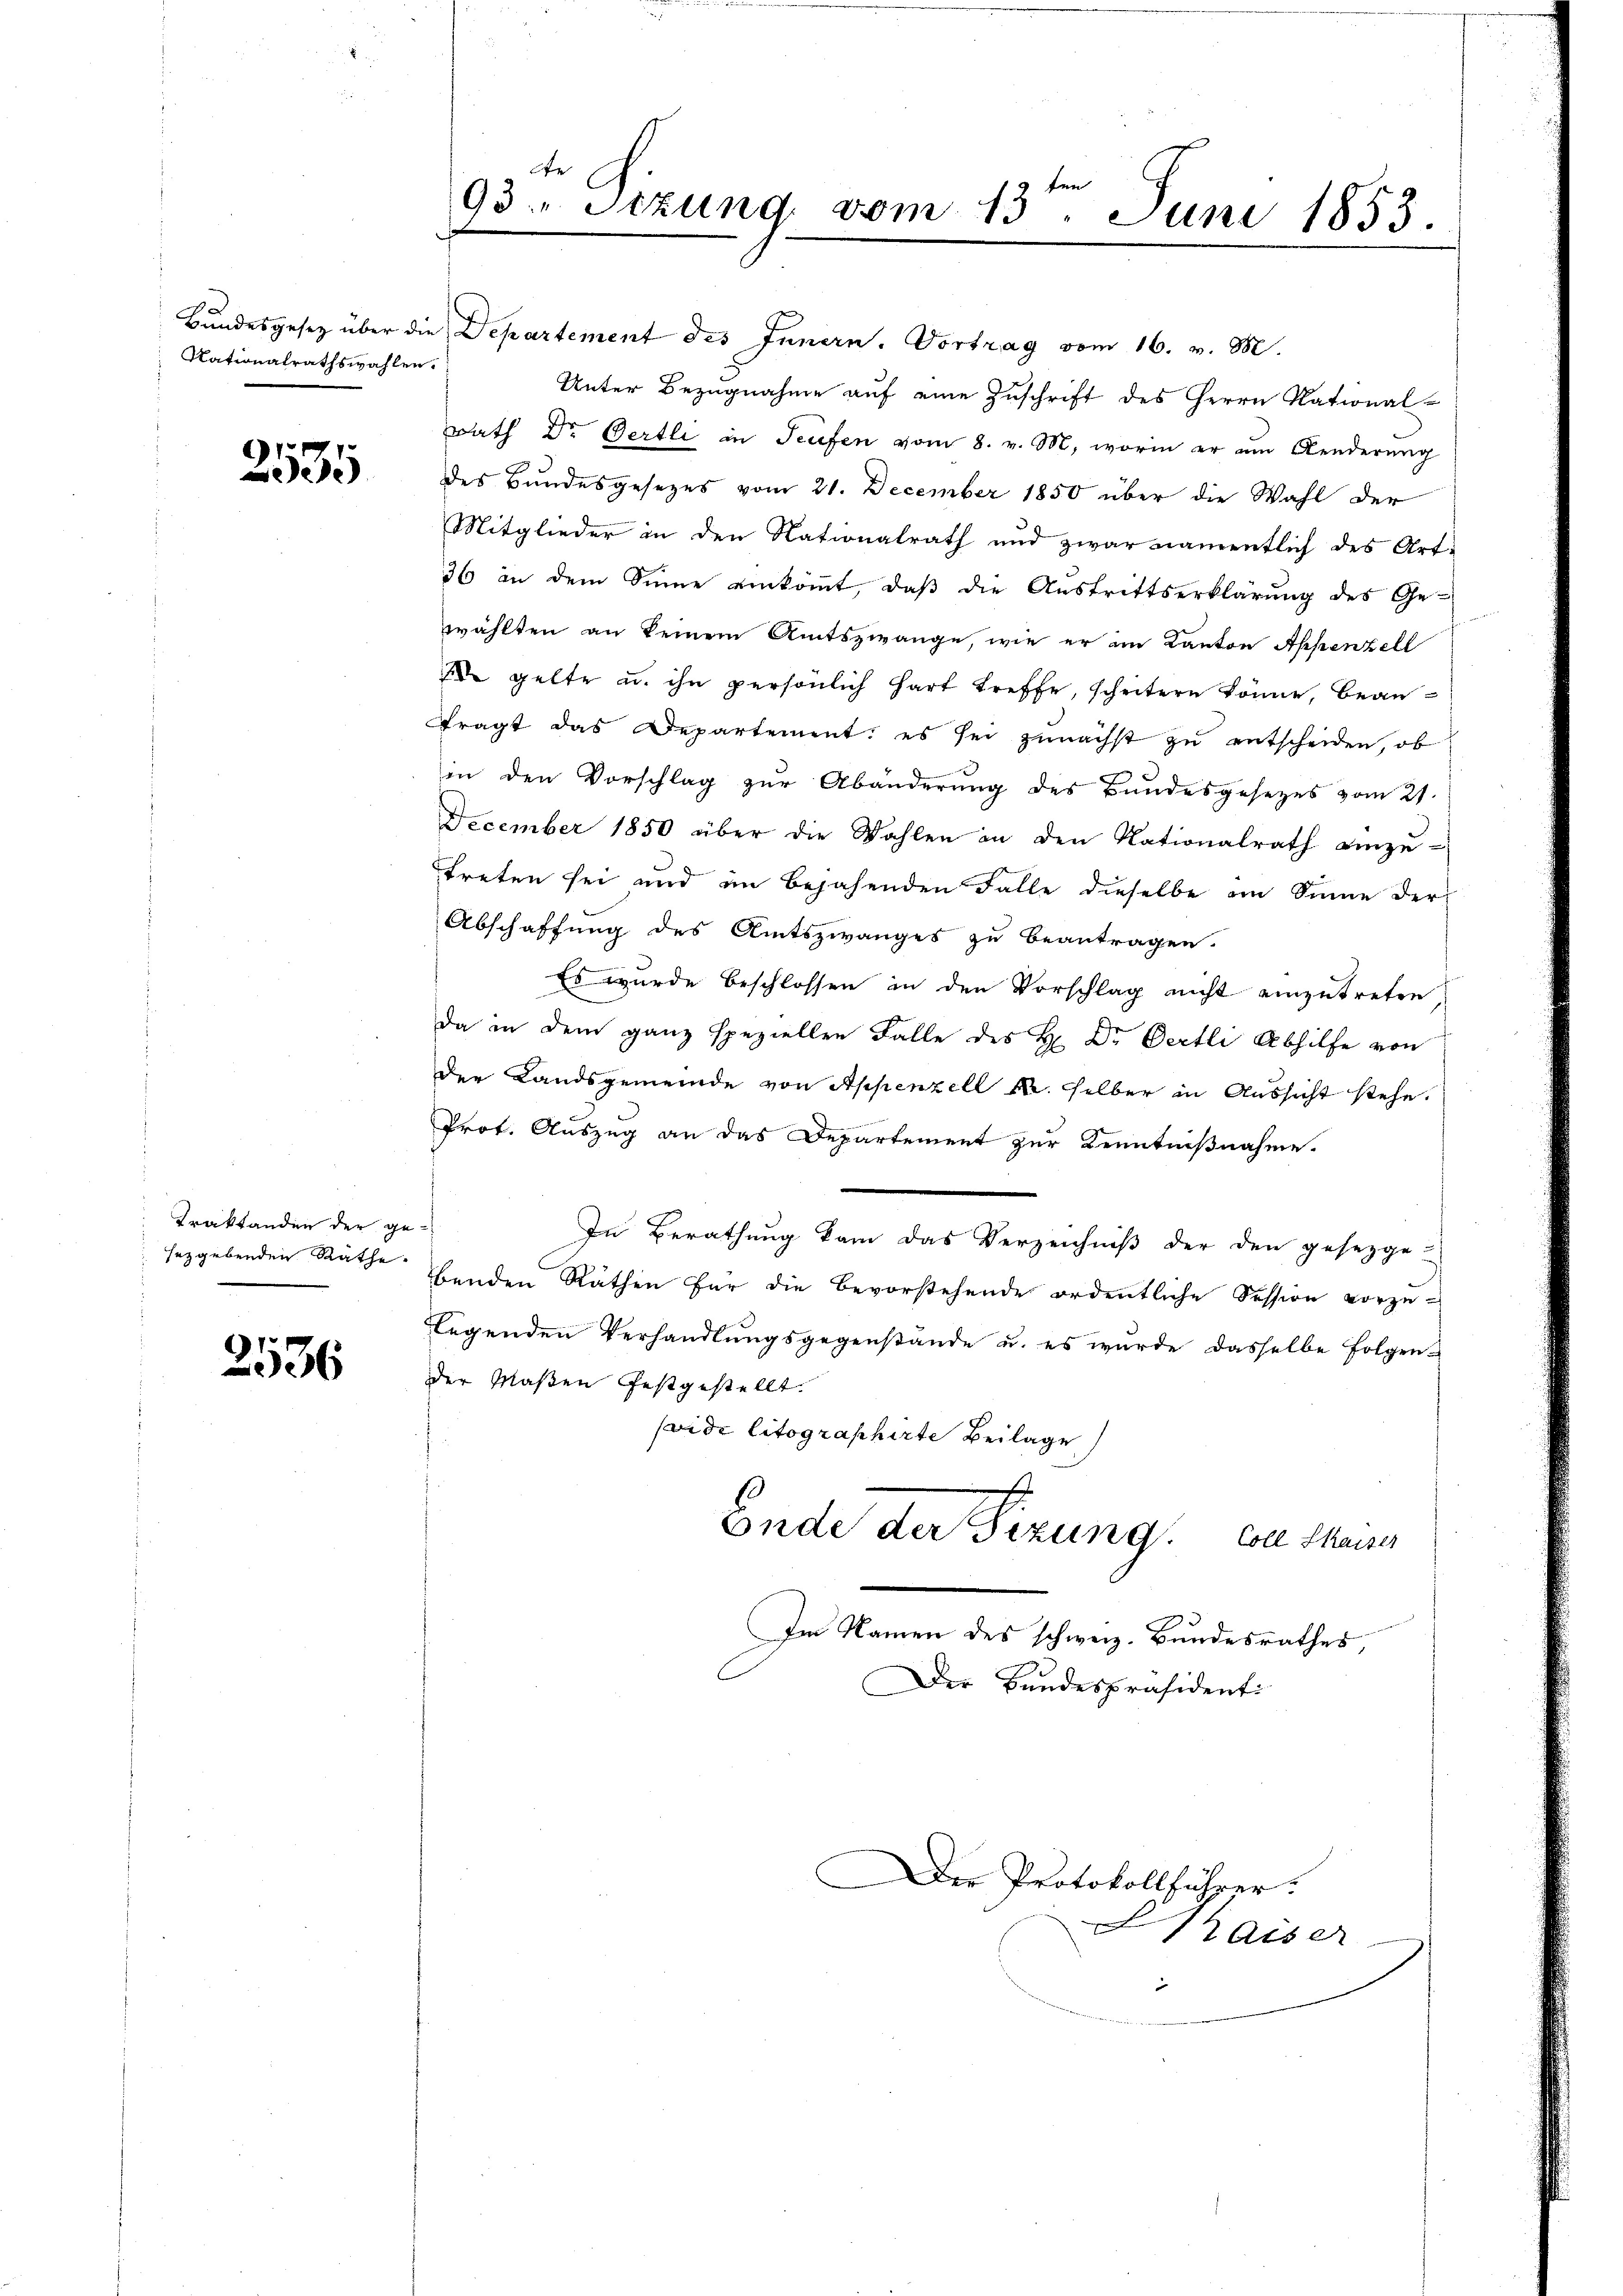
Nationalrathswahlen.

2535

Traktanden der gesezgebenden Räthe.

2536

De
93. Stzung, vom 13ten Juni 1853.

Bundesgesetz über die Departement des Innern. Vortrag vom 16. v. M.
Unter Bezugnahme auf eine Zuschrift des Herrn National-
Rath Dr Oertli in Teufen vom 8. v. M., worin er am Aenderung
des Bundesgesezes vom 21. December 1850 über die Wahl der
Mitglieder in den Nationalrath und zwar namentlich des Art.
36 in dem Sinne einkommt, daß die Austrittserklärung des Ge-
wählten an keinem Amtszwange, wie er im Kanton Appenzell
 gelte u. ihn persönlich hart treffe, scheitern könne, beanfragt das Departement, es sei zunächst zu entscheiden, ob
in den Vorschlag zur Abänderung des Bundesgesetzes vom 21.
December 1850 über die Wahlen an den Nationalrath einzutreten sei und im bejahenden Falle dieselbe im Sinne der
Abschaffung des Amtszwanges zu beantragen.
Es wurde beschlossen in den Vorschlag nicht einzutreten
da in dem ganz speziellen Falle des H. Dr Oertli Abhilfe von
der Landsgemeinde von Appenzell M. selber in Aussicht stehe.
Prot. Auszug an das Departement zur Kenntnißnahme.
In Berathung kam das Verzeichniβ der den gesetzge-
benden Räthen für die Bevorstehende ordentliche Session vorzu-
legenden Verhandlungsgegenstände u. es wurde dasselbe Folgen-
der Massen festgestellt.
seide litographirte Beilage
Ende der Fizung. En chara
Im Namen des schweiz. Bundesrathes,
Der Bundespräsidenti

er Protokollführer:
f
Kaiser